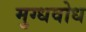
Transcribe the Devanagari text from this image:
मुग्धवोध